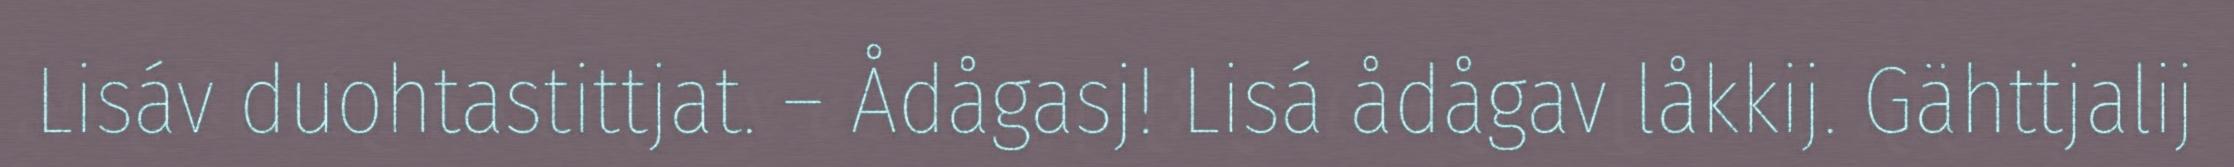
Lisáv duohtastittjat. – Ådågasj! Lisá ådågav låkkij. Gähttjalij